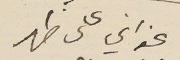
عنواني على ظهر